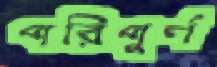
পরিপুর্ণ